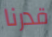
قدرنا